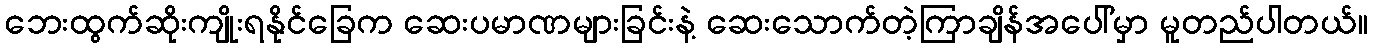
ဘေးထွက်ဆိုးကျိုးရနိုင်ခြေက ဆေးပမာဏများခြင်းနဲ့ ဆေးသောက်တဲ့ကြာချိန်အပေါ်မှာ မူတည်ပါတယ်။